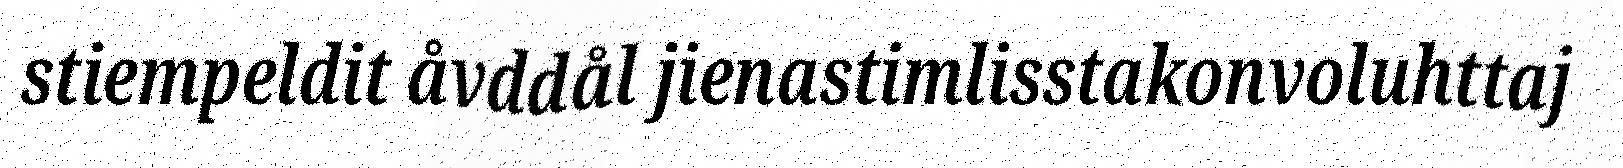
stiempeldit åvddål jienastimlisstakonvoluhttaj